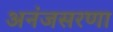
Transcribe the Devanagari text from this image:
अनंजसरणा